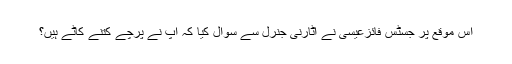
اس موقع پر جسٹس فائزعیسیٰ نے اٹارنی جنرل سے سوال کیا کہ آپ نے پرچے کتنے کاٹے ہیں؟